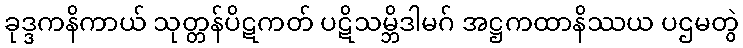
ခုဒ္ဒကနိကာယ် သုတ္တန်ပိဋကတ် ပဋိသမ္ဘိဒါမဂ် အဋ္ဌကထာနိဿယ ပဌမတွဲ